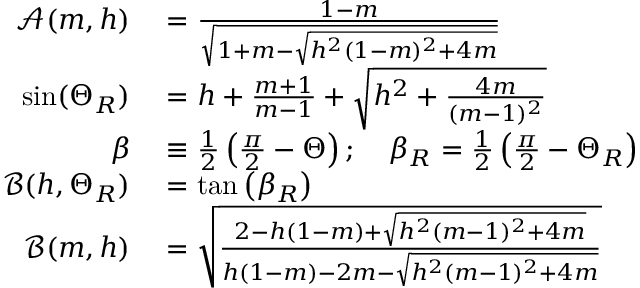
\begin{array} { r l } { \mathcal { A } ( m , h ) } & { { } = \frac { 1 - m } { \sqrt { 1 + m - \sqrt { h ^ { 2 } ( 1 - m ) ^ { 2 } + 4 m } } } } \\ { \sin ( \Theta _ { R } ) } & { { } = h + \frac { m + 1 } { m - 1 } + \sqrt { h ^ { 2 } + \frac { 4 m } { ( m - 1 ) ^ { 2 } } } } \\ { \beta } & { { } \equiv \frac { 1 } { 2 } \left( \frac { \pi } { 2 } - \Theta \right) ; \quad \beta _ { R } = \frac { 1 } { 2 } \left( \frac { \pi } { 2 } - \Theta _ { R } \right) } \\ { \mathcal { B } ( h , \Theta _ { R } ) } & { { } = \tan \left( \beta _ { R } \right) } \\ { \mathcal { B } ( m , h ) } & { { } = \sqrt { \frac { 2 - h ( 1 - m ) + \sqrt { h ^ { 2 } ( m - 1 ) ^ { 2 } + 4 m } } { h ( 1 - m ) - 2 m - \sqrt { h ^ { 2 } ( m - 1 ) ^ { 2 } + 4 m } } } } \end{array}